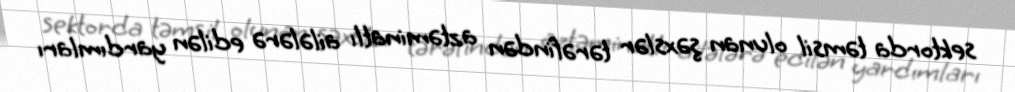
sektorda təmsil olunan şəxslər tərəfindən aztəminatlı ailələrə edilən yardımları